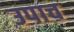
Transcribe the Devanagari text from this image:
उपाच